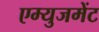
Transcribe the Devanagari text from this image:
एम्युजमेंट